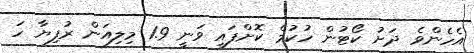
އެހެންވެ ދަށު ކޯޓުން ހުކުމް ކޮށްފައި ވަނީ 1.9 މިލިއަން ރުފިޔާ ހަ